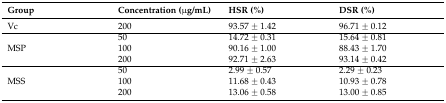
| Group | Concentration (μg/mL) | HSR (%) | DSR (%) |
 | --- | --- | --- | --- |
 | Vc | 200 | 93.57 ± 1.42 | 96.71 ± 0.12 |
 | <ROWSPAN=3> MSP | 50 | 14.72 ± 0.31 | 15.64 ± 0.81 |
 | 100 | 90.16 ± 1.00 | 88.43 ± 1.70 |
 | 200 | 92.71 ± 2.63 | 93.14 ± 0.42 |
 | <ROWSPAN=3> MSS | 50 | 2.99 ± 0.57 | 2.29 ± 0.23 |
 | 100 | 11.68 ± 0.43 | 10.93 ± 0.78 |
 | 200 | 13.06 ± 0.58 | 13.00 ± 0.85 |